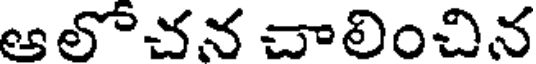
ఆలోచన చాలించిన